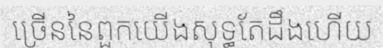
ច្រើននៃពួកយើងសុទ្ធតែដឹងហើយ